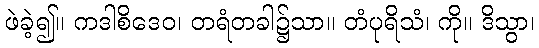
ဖဲခဲ့၍။ ကဒါစိဒေဝ၊ တရံတခါ၌သာ။ တံပုရိသံ၊ ကို။ ဒိသွာ၊